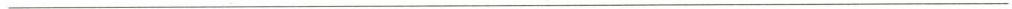
___